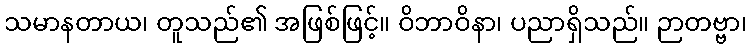
သမာနတာယ၊ တူသည်၏ အဖြစ်ဖြင့်။ ဝိဘာဝိနာ၊ ပညာရှိသည်။ ဉာတဗ္ဗာ၊